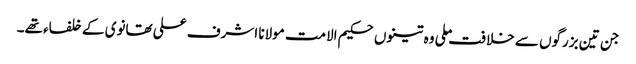
جن تین بزرگوں سے خلافت ملی وہ تینوں حکیم الامت مولانا اشرف علی تھانوی کے خلفاء تھے۔